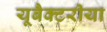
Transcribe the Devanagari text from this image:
यूबैक्टरीया